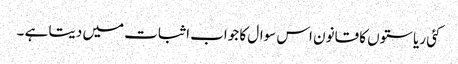
کئی ریاستوں کا قانون اس سوال کا جواب اثبات میں دیتا ہے ۔